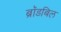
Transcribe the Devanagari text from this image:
ब्रॉडबिल